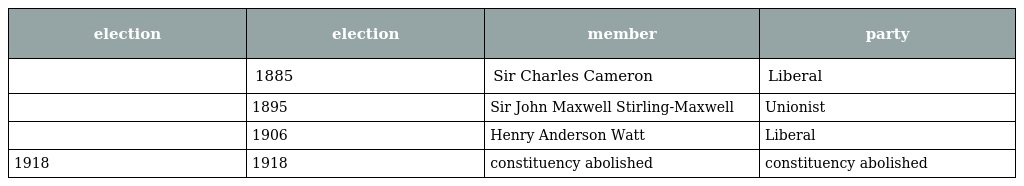
| election | election | member | party |
 | --- | --- | --- | --- |
 |  | 1885 | Sir Charles Cameron | Liberal |
 |  | 1895 | Sir John Maxwell Stirling-Maxwell | Unionist |
 |  | 1906 | Henry Anderson Watt | Liberal |
 | 1918 | 1918 | constituency abolished | constituency abolished |